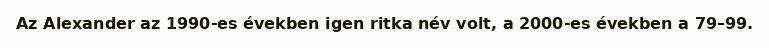
Az Alexander az 1990-es években igen ritka név volt, a 2000-es években a 79–99.